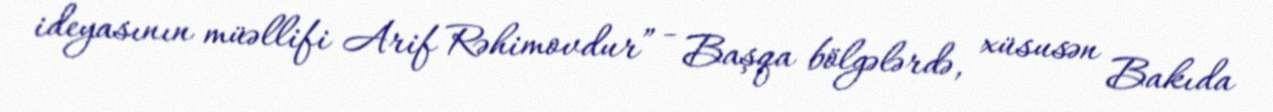
ideyasının müəllifi Arif Rəhimovdur” - Başqa bölgələrdə, xüsusən Bakıda